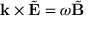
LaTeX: \mathbf { k } \times { \tilde { \mathbf { E } } } = \omega { \tilde { \mathbf { B } } }